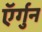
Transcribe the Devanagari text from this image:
ऍर्गुन